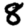
Digit: 8